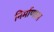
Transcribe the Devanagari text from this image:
निर्माणास